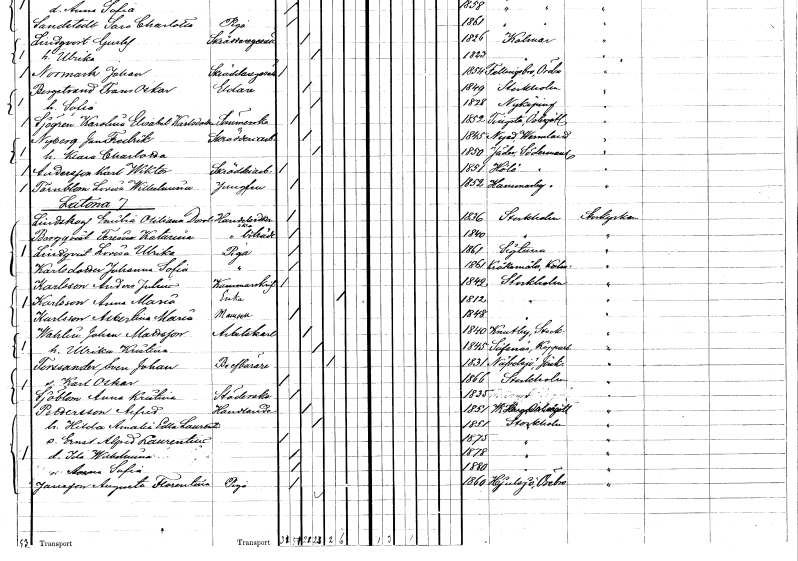
gt_parse: households: individuals: FN: Jan Fredrik
EN: Nyberg
YRKE: Skrädderiarbetare
KON: M
CIV: G
FODAR: 1845
FODFORS: Nyed Värmlands län
FN: Klara Charlotta
KON: K
CIV: G
FODAR: 1850
FODFORS: Jäder Södermanlands län
FN: Karl Wiktor
EN: Andersson
YRKE: Skrädderiarbetare
KON: M
CIV: O
FODAR: 1851
FODFORS: Hölö Stockholms län
FN: Lovisa Wilhelmina
EN: Färnblom
YRKE: Jungfru
KON: K
CIV: O
FODAR: 1852
FODFORS: Hammarby Södermanlands län
FN: Emilia Otiliana Dorotea
EN: Lindskog
YRKE: Handelsidkerska
KON: K
CIV: O
FODAR: 1836
FODFORS: Stockholm
FN: Teresia Katarina
EN: Borgqvist
YRKE: Handelsbiträde
KON: K
CIV: O
FODAR: 1840
FODFORS: Stockholm
FN: Lovisa Ulrika
EN: Lindqvist
YRKE: Piga
KON: K
CIV: O
FODAR: 1861
FODFORS: Sigtuna Stockholms län
FN: Johanna Sofia
EN: Karlsdotter
YRKE: Piga
KON: K
CIV: O
FODAR: 1861
FODFORS: Kråksmåla Kalmar län
FN: Anders Julius
EN: Karlsson
YRKE: Kammarskrivare
KON: M
CIV: O
FODAR: 1842
FODFORS: Stockholm
FN: Anna Maria
EN: Karlsson
YRKE: Änka
KON: K
CIV: E
FODAR: 1812
FODFORS: Stockholm
FN: Albertina Maria
EN: Karlsson
KON: K
CIV: O
FODAR: 1848
FODFORS: Stockholm
FN: Johan
EN: Wahlin Mattsson
YRKE: Arbetskarl
KON: M
CIV: G
FODAR: 1840
FODFORS: Knutby Uppsala län
FN: Ulrika Kristina
KON: K
CIV: G
FODAR: 1845
FODFORS: Säfsnäs Kopparbergs län
FN: Sven Johan
EN: Forssander
YRKE: Brevbärare
KON: M
CIV: E
FODAR: 1831
FODFORS: Nävelsjö Jönköpings län
FN: Karl Oskar
KON: M
CIV: O
FODAR: 1866
FODFORS: Stockholm
FN: Anna Kristina
EN: Sjöblom
YRKE: Städerska
KON: K
CIV: O
FODAR: 1835
FN: Alfred
EN: Pettersson
YRKE: Handlande
KON: M
CIV: G
FODAR: 1851
FODFORS: Kristberg Östergötlands län
FN: Hilda Amalia Edla Laurentia
KON: K
CIV: G
FODAR: 1851
FODFORS: Stockholm
FN: Ernst Alfred Laurentius
KON: M
CIV: O
FODAR: 1875
FODFORS: Stockholm
FN: Ida Wilhelmina
KON: K
CIV: O
FODAR: 1878
FODFORS: Stockholm
FN: Anna Sofia
KON: K
CIV: O
FODAR: 1880
FODFORS: Stockholm
FN: Augusta Florentina
EN: Jansson
YRKE: Piga
KON: K
CIV: O
FODAR: 1860
FODFORS: Hjulsjö Örebro län